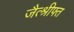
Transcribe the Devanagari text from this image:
जैत्श्रीफ्त